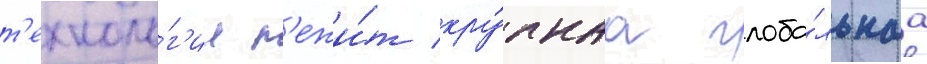
т'ехноло́г'ии л'ежи́т кру́пнаа глоба́льнаа